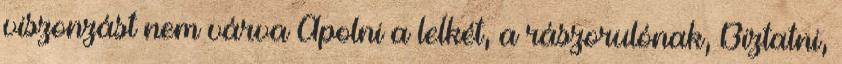
viszonzást nem várva Ápolni a lelkét, a rászorulónak, Biztatni,